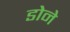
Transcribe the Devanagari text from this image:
डोने